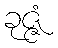
ခုဇ္ဇံ